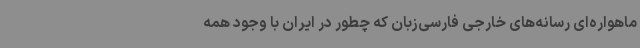
ماهواره‌ای رسانه‌های خارجی فارسی‌زبان که چطور در ایران با وجود همه